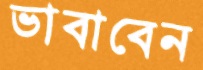
ভাবাবেন